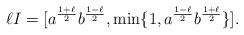
LaTeX: \begin{align*}\ell I=[a^{\frac{1+\ell}{2}}b^{\frac{1-\ell}{2}},\min\{1,a^{\frac{1-\ell}{2}}b^{\frac{1+\ell}{2}}\}].\end{align*}